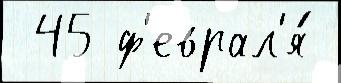
 45 ф'еврал'я́